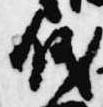
儀